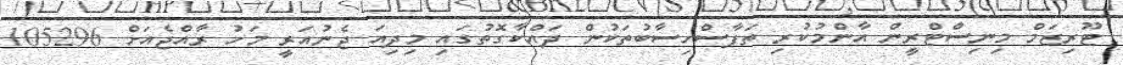
ޓޫރިޒަމް މިނިސްޓްރީން އާންމުކުރި ތަފާސްހިސާބުތަކުން ދައްކާގޮތުގައި މިދިއަ ޖެނުއަރީ މަހު ރާއްޖެއަށް 105296